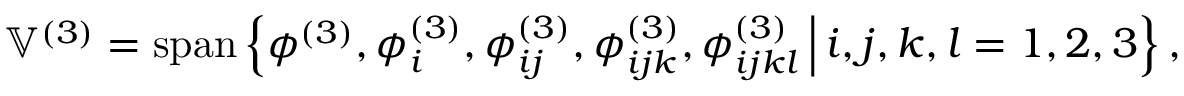
\mathbb { V } ^ { ( 3 ) } = \operatorname { s p a n } \left\{ \phi ^ { ( 3 ) } , \phi _ { i } ^ { ( 3 ) } , \phi _ { i j } ^ { ( 3 ) } , \phi _ { i j k } ^ { ( 3 ) } , \phi _ { i j k l } ^ { ( 3 ) } \, \Big \vert \, i , j , k , l = 1 , 2 , 3 \right\} ,